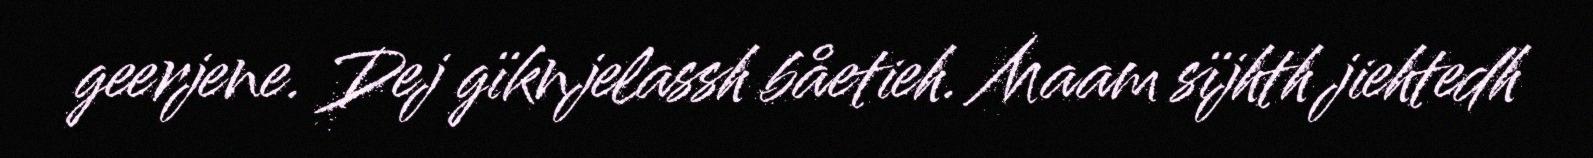
geerjene. Dej gïknjelassh båetieh. Maam sïjhth jiehtedh